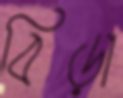
বিড়া